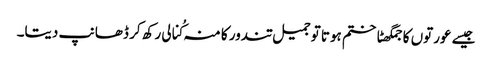
جیسے عورتوں کا جمگھٹاختم ہوتا توجمیل تندور کا منہ کُنالی رکھ کر ڈھانپ دیتا۔